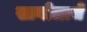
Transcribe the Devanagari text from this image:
सागोलाचे